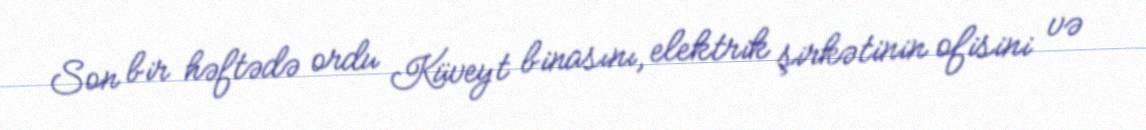
Son bir həftədə ordu Küveyt binasını, elektrik şirkətinin ofisini və